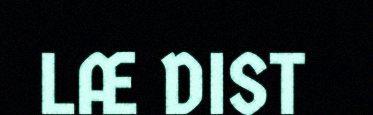
LÆ DIST